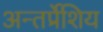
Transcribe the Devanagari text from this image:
अन्तर्प्रेशिय